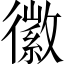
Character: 徽